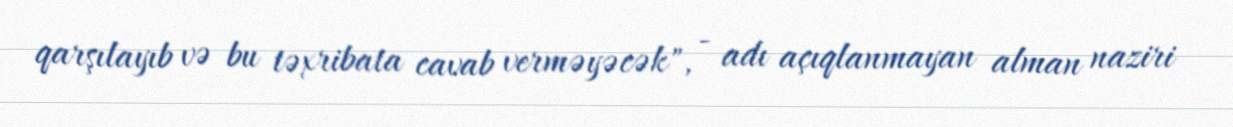
qarşılayıb və bu təxribata cavab verməyəcək", - adı açıqlanmayan alman naziri